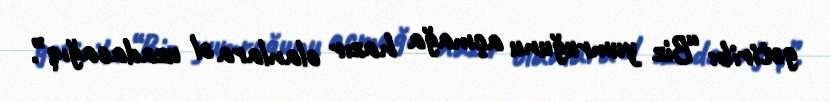
gətirib: “Biz yumruğunu açmağa hazır olanlara əl uzadacağıq”.